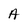
Character: A